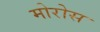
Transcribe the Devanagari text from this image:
मोरोस